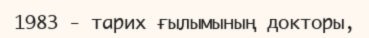
1983 - тарих ғылымының докторы,